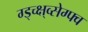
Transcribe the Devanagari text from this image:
ग्ड्च्क्ष्व्सेग्फ्व